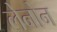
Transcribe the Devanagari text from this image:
लेनोन